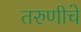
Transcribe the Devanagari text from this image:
तरुणीचे